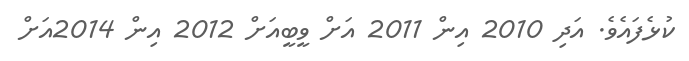
ކުޅެފައެވެ. އަދި 2010 އިން 2011 އަށް ވީބީއަށް 2012 އިން 2014އަށް